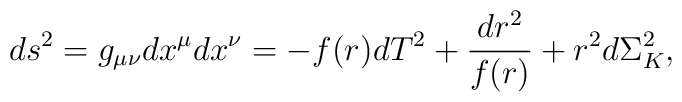
ds^2 = g_{\mu\nu}dx^{\mu}dx^{\nu} = 	-f(r) dT^2 + \frac{dr^2}{f(r)} + r^2 d\Sigma^2_K,